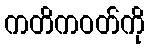
ကတိကဝတ်ကို